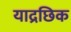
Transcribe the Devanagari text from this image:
याद्रछिक